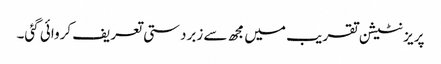
پریزنٹیشن تقریب میں مجھ سے زبردستی تعریف کروائی گئی۔